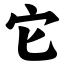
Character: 它